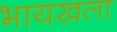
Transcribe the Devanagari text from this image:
भायखला